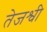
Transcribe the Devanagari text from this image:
तेजश्वी